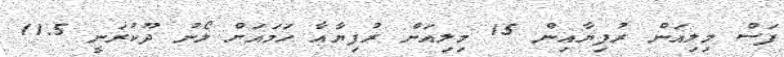
ފަސް މިލިއަން ރުފިޔާއިން 15 މިލިއަން ރުފިޔާއާ ހަމައަށް ލޯނު ދޫކުރަނީ 11.5